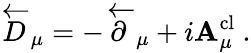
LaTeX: \stackrel{\leftarrow}{D}_{\mu}=-\stackrel{\leftarrow}{\partial}_{\mu}+i\mathbf{A}_{\mu}^{\mathrm{{cl}}}\ .